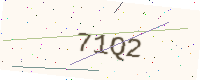
Text: 71Q2